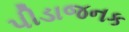
પીડાજનક